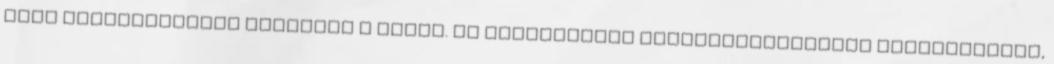
hogy összességében tetszett a dolog. Mi családbarát szabadulószobákat üzemeltetünk,